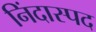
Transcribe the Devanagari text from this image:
निंदास्पद